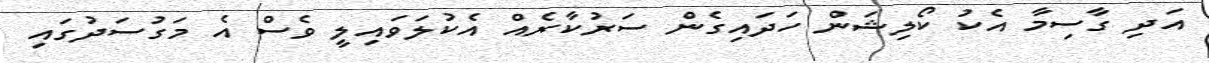
އަދި ގާސިމާ އެކު ކޯލިޝަން ހަދައިގެން ސަރުކާރެއް އެކުލަވައިލީ ވެސް އެ މަގުސަދުގައި